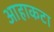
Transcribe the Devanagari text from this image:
आहाकटा